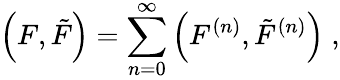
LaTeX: \left(F,{\tilde{F}}\right)=\sum_{n=0}^{\infty}\left(F^{(n)},{\tilde{F}}^{(n)}\right)\; ,